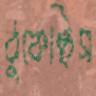
ঠুকেছিস